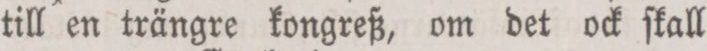
till en trängre kongreß, om det ock ſkall